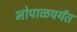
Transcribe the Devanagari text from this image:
भोपाळपर्यंत